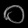
Digit: ၀